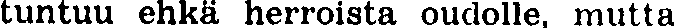
tuntuu ehkä herroista oudolle, mutta